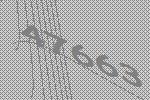
47663